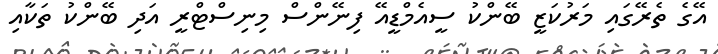
އޭގެ ތެރޭގައި މަރުކަޒީ ބޭންކު ސީއެމްޑީއޭ ފިނޭންސް މިނިސްޓްރީ އަދި ބޭންކު ތަކާއި